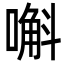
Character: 嘝